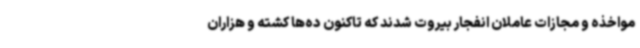
مواخذه و مجازات عاملان انفجار بیروت شدند که تاکنون ده‌ها کشته و هزاران